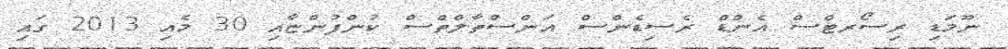
ނޫމަޑި ރިސޯރޓްސް އެންޑް ރެސިޑެންސް އަންސްތާލްތްސް ކުންފުންޏާއި 30 މެއި 2013 ގައި